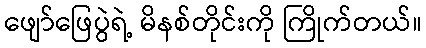
ဖျော်ဖြေပွဲရဲ့ မိနစ်တိုင်းကို ကြိုက်တယ်။